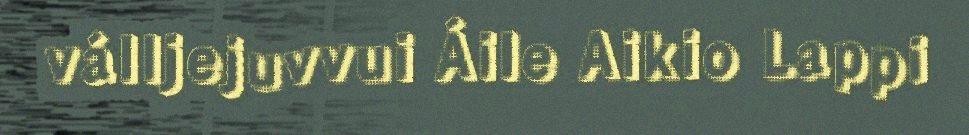
válljejuvvui Áile Aikio Lappi